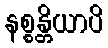
နစ္စန္တိယာပိ